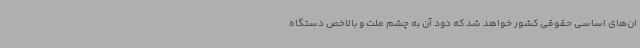
ان‌های اساسی حقوقی کشور خواهد شد که دود آن به چشم ملت و بالاخص دستگاه